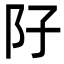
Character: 䦻